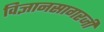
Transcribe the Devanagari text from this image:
विज्ञानसागरजी